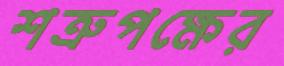
শত্রুপক্ষের